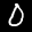
Label: 0